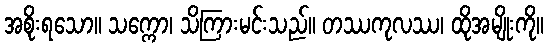
အစိုးရသော။ သက္ကော၊ သိကြားမင်းသည်။ တဿကုလဿ၊ ထိုအမျိုးကို။